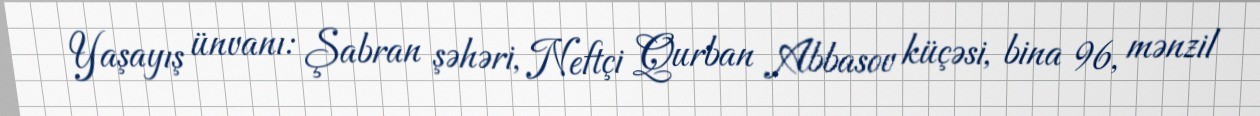
Yaşayış ünvanı: Şabran şəhəri, Neftçi Qurban Abbasov küçəsi, bina 96, mənzil